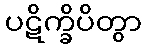
ပဋိက္ခိပိတွာ